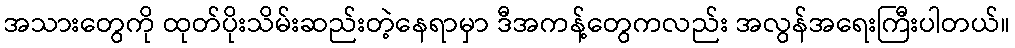
အသားတွေကို ထုတ်ပိုးသိမ်းဆည်းတဲ့နေရာမှာ ဒီအကန့်တွေကလည်း အလွန်အရေးကြီးပါတယ်။